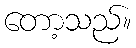
တော့သည်။